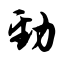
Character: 劲